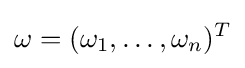
\mathbf {\omega } =(\omega _{1},\ldots ,\omega _{n})^{T}